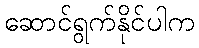
ဆောင်ရွက်နိုင်ပါက